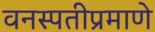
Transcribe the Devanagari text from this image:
वनस्पतीप्रमाणे